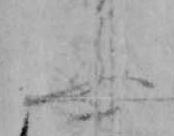
ふ